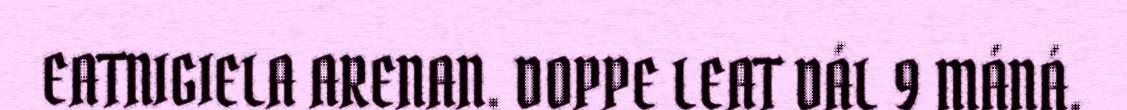
EATNIGIELA ARENAN. DOPPE LEAT DÁL 9 MÁNÁ.